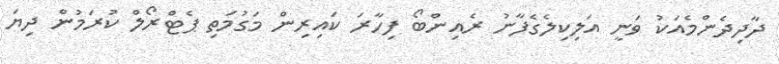
ދާދިދެންމެއަކު ވަނީ އަލިކިލެގެފާނު ރެއިންބޯ ފިހާރަ ކައިރިން މަގުމަތި ޕެޓްރޯލް ކުރަމުން ދިޔަ